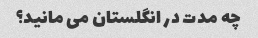
چه مدت در انگلستان می مانید؟